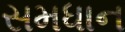
સમધાન